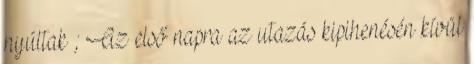
nyúltak ; Az első napra az utazás kipihenésén kívül